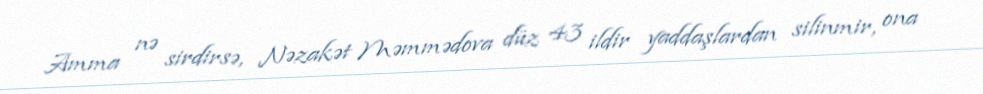
Amma nə sirdirsə, Nəzakət Məmmədova düz 43 ildir yaddaşlardan silinmir, ona